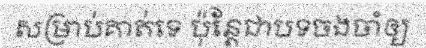
សម្រាប់គាត់ទេ ប៉ុន្តែជាបទចងចាំឲ្យ